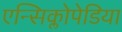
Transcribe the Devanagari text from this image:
एन्सिक्लोपेडिया